Leaving Certificate Examination, 1914
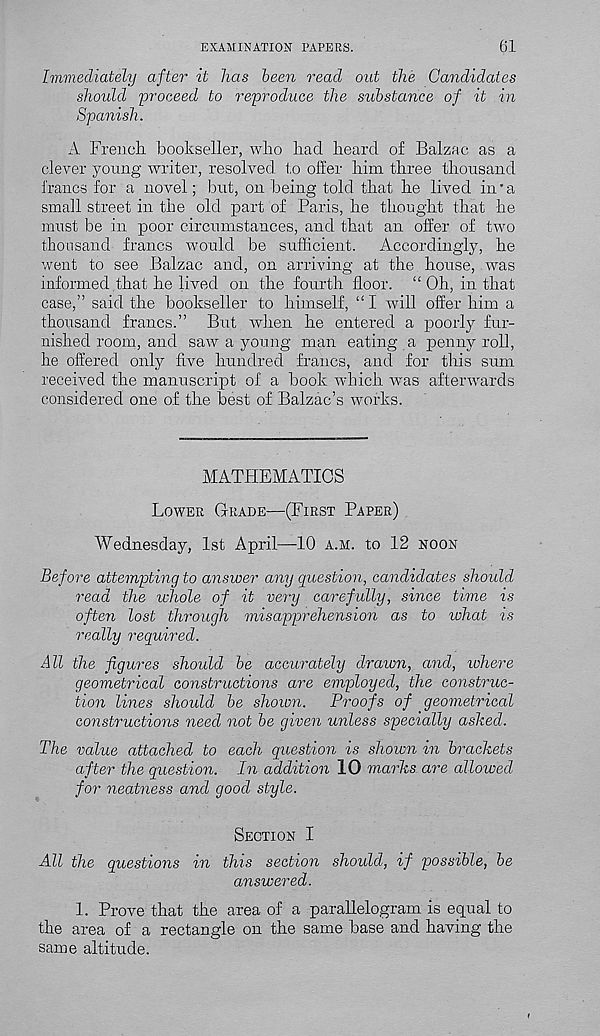
EXAMINATION PAPERS.
61
Immediately after it has been read out the Candidates
should proceed to reproduce the substance of it in
Spanish.
A French bookseller, who had heard of Balzac as a
clever young writer, resolved to offer him three thousand
francs for a novel; but, on being told that he lived in’a
small street in the old part of Paris, he thought that he
must be in poor circumstances, and that an offer of two
thousand francs would be sufficient. Accordingly, he
went to see Balzac and, on arriving at the house, was
informed that he lived on the fourth floor. “ Oh, in that
case,” said the bookseller to himself, “I will offer him a
thousand francs.” But when he entered a poorly fur-
nished room, and saw a young man eating a penny roll,
he offered only five hundred francs, and for this sum
received the manuscript of a book which was afterwards
considered one of the best of Balzac’s works.
MATHEMATICS
Lower Grade—(First Paper)
Wednesday, 1st April—10 a.m. to 12 noon
Before attempting to answer any question, candidates should
read the ichole of it very carefully, since time is
often lost through misapprehension as to ivhat is
really required.
All the figures should be accurately drawn, and, ivhere
geometrical constructions are employed, the construc-
tion lines should be shown. Proofs of geometrical
constructions need not be given unless specially ashed.
The value attached to each question is shown in brackets
after the question. In addition 10 marks are allowed
for neatness and good style.
Section I
All the questions in this section shoidd, if possible, be
answered.
1. Prove that the area of a parallelogram is equal to
the area of a rectangle on the same base and having the
same altitude.